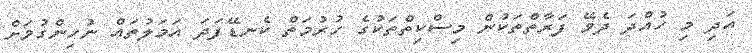
އަދި މި ހުއްދަ ދެވޭ ފަރާތްތަކުން މިސްކިތްތަކުގެ ހުރުމަތް ކެނޑޭފަދަ އަމަލުތައް ނުހިންގުމަށް